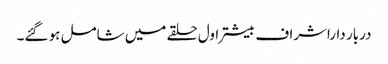
دربار داراشراف بیشتر اول حلقے میں شامل ہو گئے۔